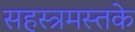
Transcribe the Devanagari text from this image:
सहस्त्रमस्तके